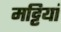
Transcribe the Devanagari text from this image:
मट्टियां